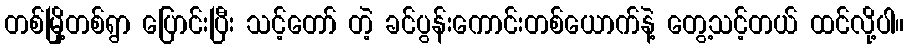
တစ်မြို့တစ်ရွာ ပြောင်းပြီး သင့်တော် တဲ့ ခင်ပွန်းကောင်းတစ်ယောက်နဲ့ တွေ့သင့်တယ် ထင်လို့ပါ။